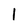
Character: I